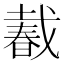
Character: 𢧨